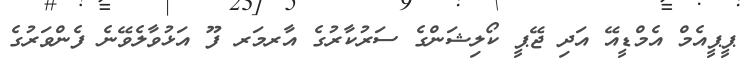
ޕީޕީއެމް އެމްޑީއޭ އަދި ޖޭޕީ ކޯލިޝަންގެ ސަރުކާރުގެ އާރމަރ ފޫ އަޅުވާލެވޭނެ ފެންވަރުގެ